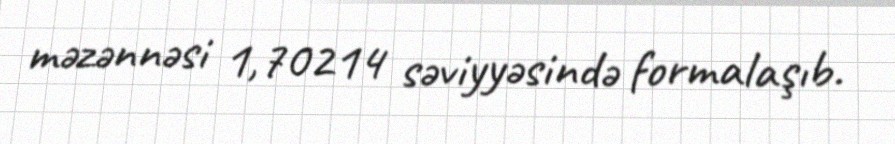
məzənnəsi 1,70214 səviyyəsində formalaşıb.